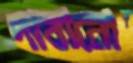
দাবানো